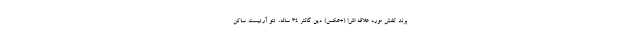
برند کفش مورد علاقه اش! (+عکس) دین گانتر ۳۴ ساله، تتو آرتیست ساکن